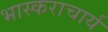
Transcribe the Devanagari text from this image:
भास्‍कराचार्य